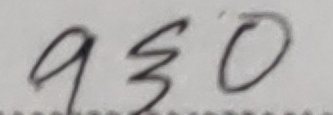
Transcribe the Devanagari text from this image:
९५०